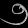
Digit: ၅